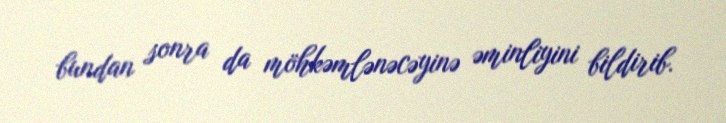
bundan sonra da möhkəmlənəcəyinə əminliyini bildirib.